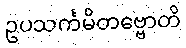
ဥပသင်္ကမိတဗ္ဗောတိ